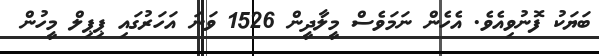
ބަޔަކު ފޮނުވިއެވެ. އެހެން ނަމަވެސް މީލާދީން 1526 ވަނަ އަހަރުގައި ޕިޕިލް މީހުން